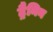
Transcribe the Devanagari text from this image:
ट्रैनिन